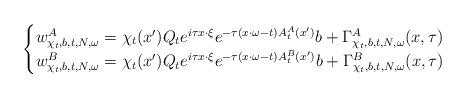
LaTeX: \begin{align*}\begin{cases}w_{\chi_{t},b,t,N,\omega}^{A}=\chi_{t}(x')Q_{t}e^{i\tau x\cdot\xi}e^{-\tau(x\cdot\omega-t)A_{t}^{A}(x')}b+\Gamma_{\chi_{t},b,t,N,\omega}^{A}(x,\tau)\\w_{\chi_{t},b,t,N,\omega}^{B}=\chi_{t}(x')Q_{t}e^{i\tau x\cdot\xi}e^{-\tau(x\cdot\omega-t)A_{t}^{B}(x')}b+\Gamma_{\chi_{t},b,t,N,\omega}^{B}(x,\tau)\end{cases}\end{align*}